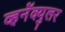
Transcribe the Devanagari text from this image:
व्हर्नॅक्युलर